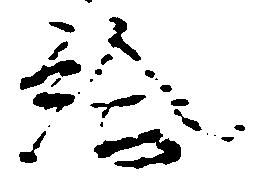
給